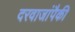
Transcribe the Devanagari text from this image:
दरवाजांपैकी